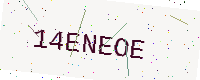
Text: 14ENEOE